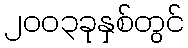
၂၀၀၃ခုနှစ်တွင်